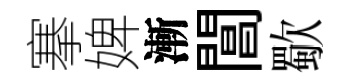
搴婢漸閶歜